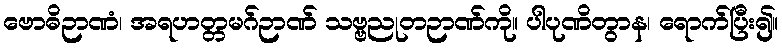
ဗောဓိဉာဏံ၊ အရဟတ္တမဂ်ဉာဏ် သဗ္ဗညုတဉာဏ်ကို။ ပါပုဏိတွာန၊ ရောက်ပြီး၍။